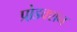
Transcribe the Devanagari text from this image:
प्रो़डक्शन